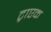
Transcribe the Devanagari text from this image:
ट्राएक